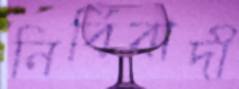
নির্বিবাদী